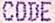
CODE